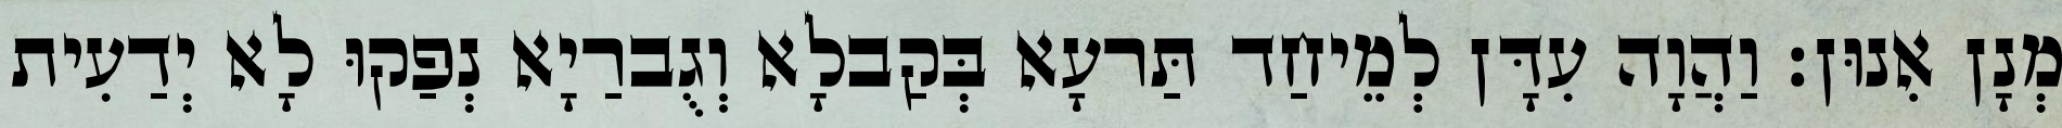
מְנָן אִנוּן׃ וַהֲוָה עִדָּן לְמֵיחַד תַּרעָא בְּקַבלָא וְגֻברַיָא נְפַקוּ לָא יְדַעִית